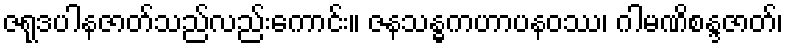
ဇရုဒပါနဇာတ်သည်လည်းကောင်း။ ဇနသန္ဓကဟာပနဝဿ၊ ဂါမဏိစန္ဒဇာတ်၊